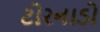
ટોરનાડો